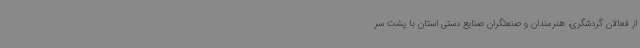
از فعالان گردشگری، هنرمندان و صنعتگران صنایع دستی استان با پشت سر